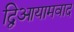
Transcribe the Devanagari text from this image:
द्विआयामवाद